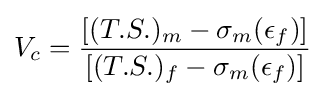
V_{c}={\frac {[(T.S.)_{m}-\sigma _{m}(\epsilon _{f})]}{[(T.S.)_{f}-\sigma _{m}(\epsilon _{f})]}}